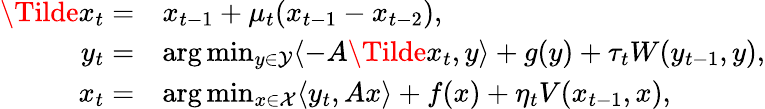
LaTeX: \begin{array}{rl}{\Tilde{x}_{t}=}&{x_{t-1}+\mu_{t}(x_{t-1}-x_{t-2}),}\\ {y_{t}=}&{\arg\operatorname*{min}_{y\in{\cal Y}}\langle-A\Tilde{x}_{t},y\rangle+g(y)+\tau_{t}W(y_{t-1},y),}\\ {x_{t}=}&{\arg\operatorname*{min}_{x\in{\cal X}}\langle y_{t},Ax\rangle+f(x)+\eta_{t}V(x_{t-1},x),}\end{array}